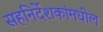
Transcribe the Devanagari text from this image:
सहनिर्देशकांमधील